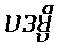
ပဒမ္ပိ